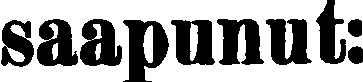
saapunut: